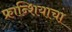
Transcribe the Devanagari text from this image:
फ्रान्शियाचा